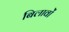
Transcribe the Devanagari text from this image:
बिलावों